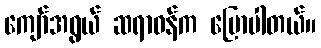
ကျော်အရွယ် ဆရာဝန်က ပြောပါတယ်။